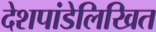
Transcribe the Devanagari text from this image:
देशपांडेलिखित